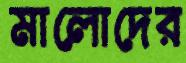
মালোদের